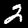
Label: 2